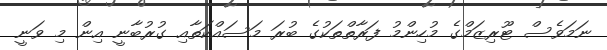
ނަމަވެސް ޓޫރިޒަމްގެ މުހިންމު ފަރާތްތަކުގެ ބުރަ މަސައްކަތާއި ގުރުބާނީ އިން މި ވަނީ